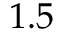
1 . 5